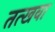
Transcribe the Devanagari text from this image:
तत्खवा